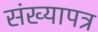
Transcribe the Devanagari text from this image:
संख्यापत्र